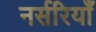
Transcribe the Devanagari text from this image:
नर्सरियाँ